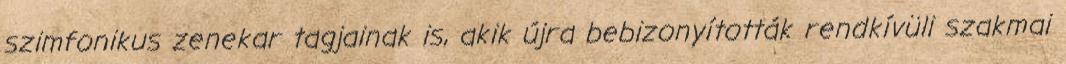
szimfonikus zenekar tagjainak is, akik újra bebizonyították rendkívüli szakmai